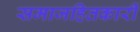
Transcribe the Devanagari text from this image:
समाजहितकारी